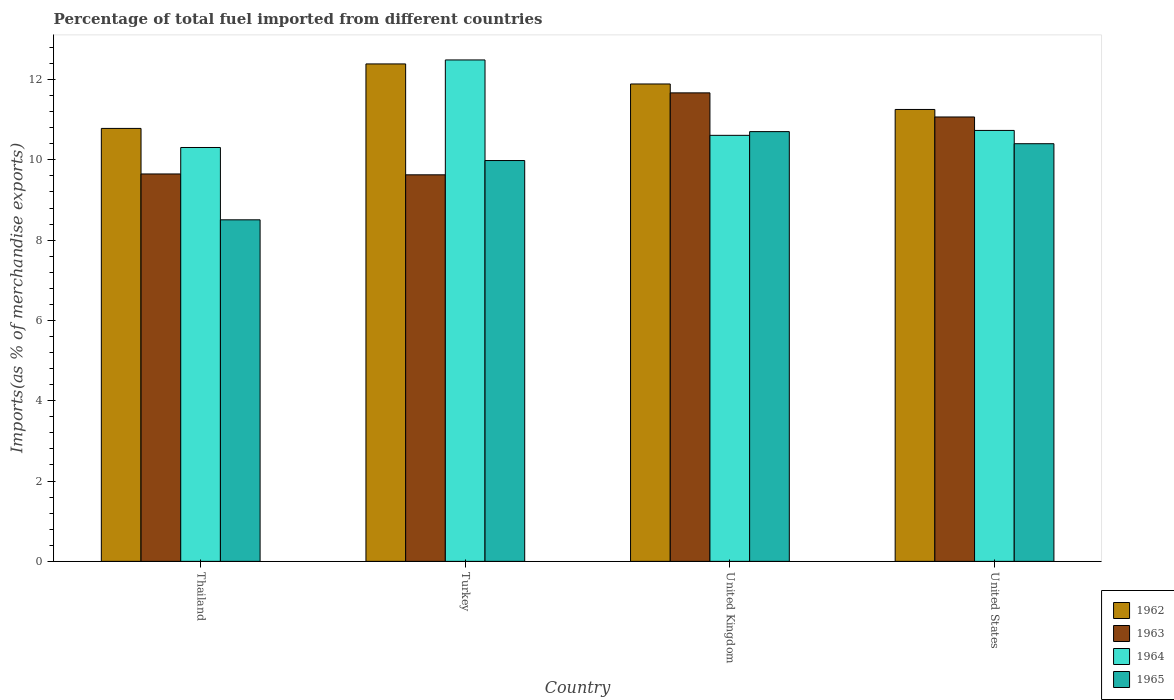
| Country | 1962 | 1963 | 1964 | 1965 |
 | --- | --- | --- | --- | --- |
 | Thailand | 10.8 | 9.65 | 10.3 | 8.51 |
 | Turkey | 12.4 | 9.63 | 12.5 | 9.98 |
 | United Kingdom | 11.9 | 11.7 | 10.6 | 10.7 |
 | United States | 11.3 | 11.1 | 10.7 | 10.4 |